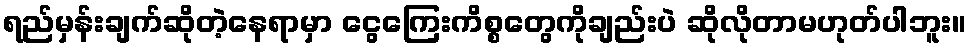
ရည်မှန်းချက်ဆိုတဲ့နေရာမှာ ငွေကြေးကိစ္စတွေကိုချည်းပဲ ဆိုလိုတာမဟုတ်ပါဘူး။